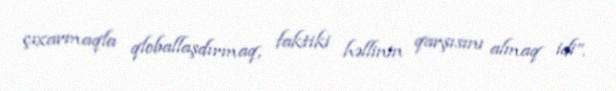
çıxarmaqla qloballaşdırmaq, faktiki həllinin qarşısını almaq idi”.